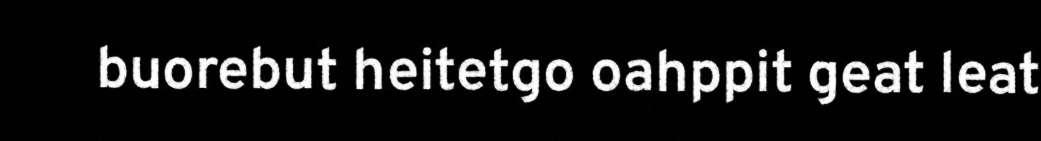
buorebut heitetgo oahppit geat leat